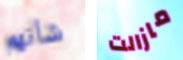
شأنهم مازالت